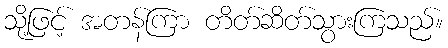
သို့ဖြင့် အတန်ကြာ တိတ်ဆိတ်သွားကြသည်။